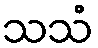
သသံ